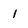
Character: 1